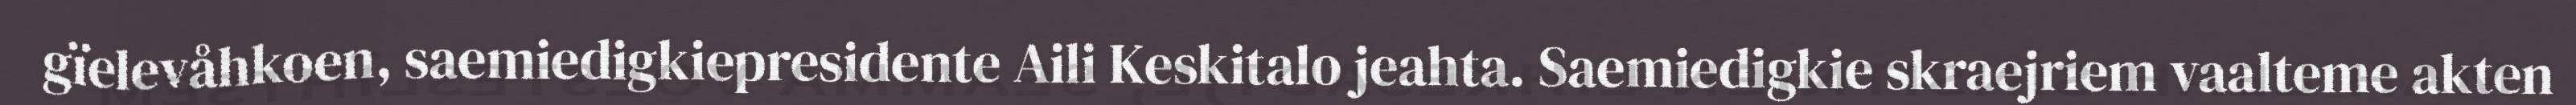
gïelevåhkoen, saemiedigkiepresidente Aili Keskitalo jeahta. Saemiedigkie skraejriem vaalteme akten